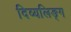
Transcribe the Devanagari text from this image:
दिव्यलिङ्ग